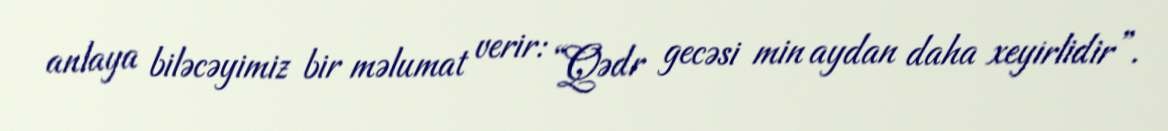
anlaya biləcəyimiz bir məlumat verir: “Qədr gecəsi min aydan daha xeyirlidir”.